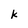
Character: k